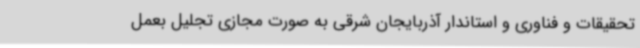
تحقیقات و فناوری و استاندار آذربایجان شرقی به صورت مجازی تجلیل بعمل